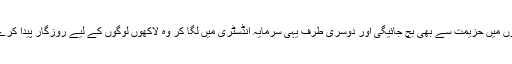
اس طرح یہ حکومت آنے والے سالوں میں حزیمت سے بھی بچ جائیگی اور دوسری طرف یہی سرمایہ انڈسٹری میں لگا کر وہ لاکھوں لوگوں کے لیے روزگار پیدا کرے گی ،جو اس حکومت کا وعدہ ہے۔